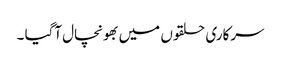
سرکاری حلقوں میں بھونچال آگیا ۔